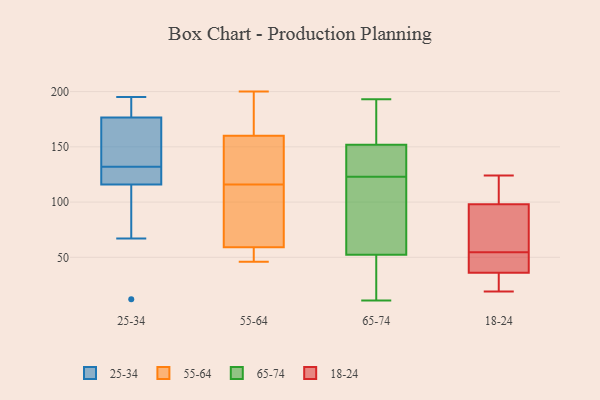
{"axis": {"x": "Headcount", "y": "Value"}, "legend": ["18-24", "25-34", "55-64", "65-74"], "data": [{"x": "", "y": 163, "type": "25-34"}, {"x": "", "y": 115, "type": "25-34"}, {"x": "", "y": 178, "type": "25-34"}, {"x": "", "y": 195, "type": "25-34"}, {"x": "", "y": 132, "type": "25-34"}, {"x": "", "y": 119, "type": "25-34"}, {"x": "", "y": 67, "type": "25-34"}, {"x": "", "y": 122, "type": "25-34"}, {"x": "", "y": 186, "type": "25-34"}, {"x": "", "y": 132, "type": "25-34"}, {"x": "", "y": 172, "type": "25-34"}, {"x": "", "y": 98, "type": "25-34"}, {"x": "", "y": 150, "type": "25-34"}, {"x": "", "y": 12, "type": "25-34"}, {"x": "", "y": 185, "type": "25-34"}, {"x": "", "y": 132, "type": "55-64"}, {"x": "", "y": 59, "type": "55-64"}, {"x": "", "y": 61, "type": "55-64"}, {"x": "", "y": 51, "type": "55-64"}, {"x": "", "y": 196, "type": "55-64"}, {"x": "", "y": 127, "type": "55-64"}, {"x": "", "y": 190, "type": "55-64"}, {"x": "", "y": 93, "type": "55-64"}, {"x": "", "y": 105, "type": "55-64"}, {"x": "", "y": 138, "type": "55-64"}, {"x": "", "y": 144, "type": "55-64"}, {"x": "", "y": 54, "type": "55-64"}, {"x": "", "y": 200, "type": "55-64"}, {"x": "", "y": 59, "type": "55-64"}, {"x": "", "y": 46, "type": "55-64"}, {"x": "", "y": 176, "type": "55-64"}, {"x": "", "y": 11, "type": "65-74"}, {"x": "", "y": 134, "type": "65-74"}, {"x": "", "y": 106, "type": "65-74"}, {"x": "", "y": 156, "type": "65-74"}, {"x": "", "y": 71, "type": "65-74"}, {"x": "", "y": 123, "type": "65-74"}, {"x": "", "y": 46, "type": "65-74"}, {"x": "", "y": 27, "type": "65-74"}, {"x": "", "y": 140, "type": "65-74"}, {"x": "", "y": 193, "type": "65-74"}, {"x": "", "y": 171, "type": "65-74"}, {"x": "", "y": 73, "type": "18-24"}, {"x": "", "y": 62, "type": "18-24"}, {"x": "", "y": 39, "type": "18-24"}, {"x": "", "y": 47, "type": "18-24"}, {"x": "", "y": 98, "type": "18-24"}, {"x": "", "y": 75, "type": "18-24"}, {"x": "", "y": 19, "type": "18-24"}, {"x": "", "y": 36, "type": "18-24"}, {"x": "", "y": 124, "type": "18-24"}, {"x": "", "y": 24, "type": "18-24"}, {"x": "", "y": 120, "type": "18-24"}, {"x": "", "y": 35, "type": "18-24"}, {"x": "", "y": 123, "type": "18-24"}, {"x": "", "y": 41, "type": "18-24"}]}